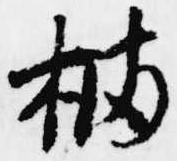
橘